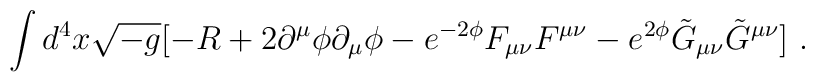
\int{d^4 x \sqrt{-g}  [ -R +2 \partial ^{\mu} \phi \partial _{\mu} \phi -e^{-2\phi} F_{\mu \nu} F^{\mu \nu} - e^{2\phi}  \tilde{G}_{\mu \nu}\tilde{G}^{\mu \nu} ]} \ .